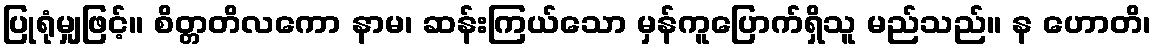
ပြုရုံမျှဖြင့်။ စိတ္တတိလကော နာမ၊ ဆန်းကြယ်သော မှန်ကူပြောက်ရှိသူ မည်သည်။ န ဟောတိ၊